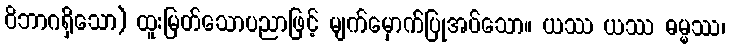
ဝိဘာဂရှိသော) ထူးမြတ်သောပညာဖြင့် မျက်မှောက်ပြုအပ်သော။ ယဿ ယဿ ဓမ္မဿ၊